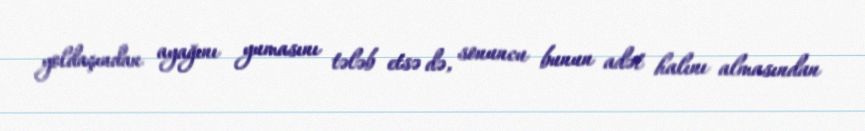
yoldaşından ayağını yumasını tələb etsə də, sonuncu bunun adət halını almasından